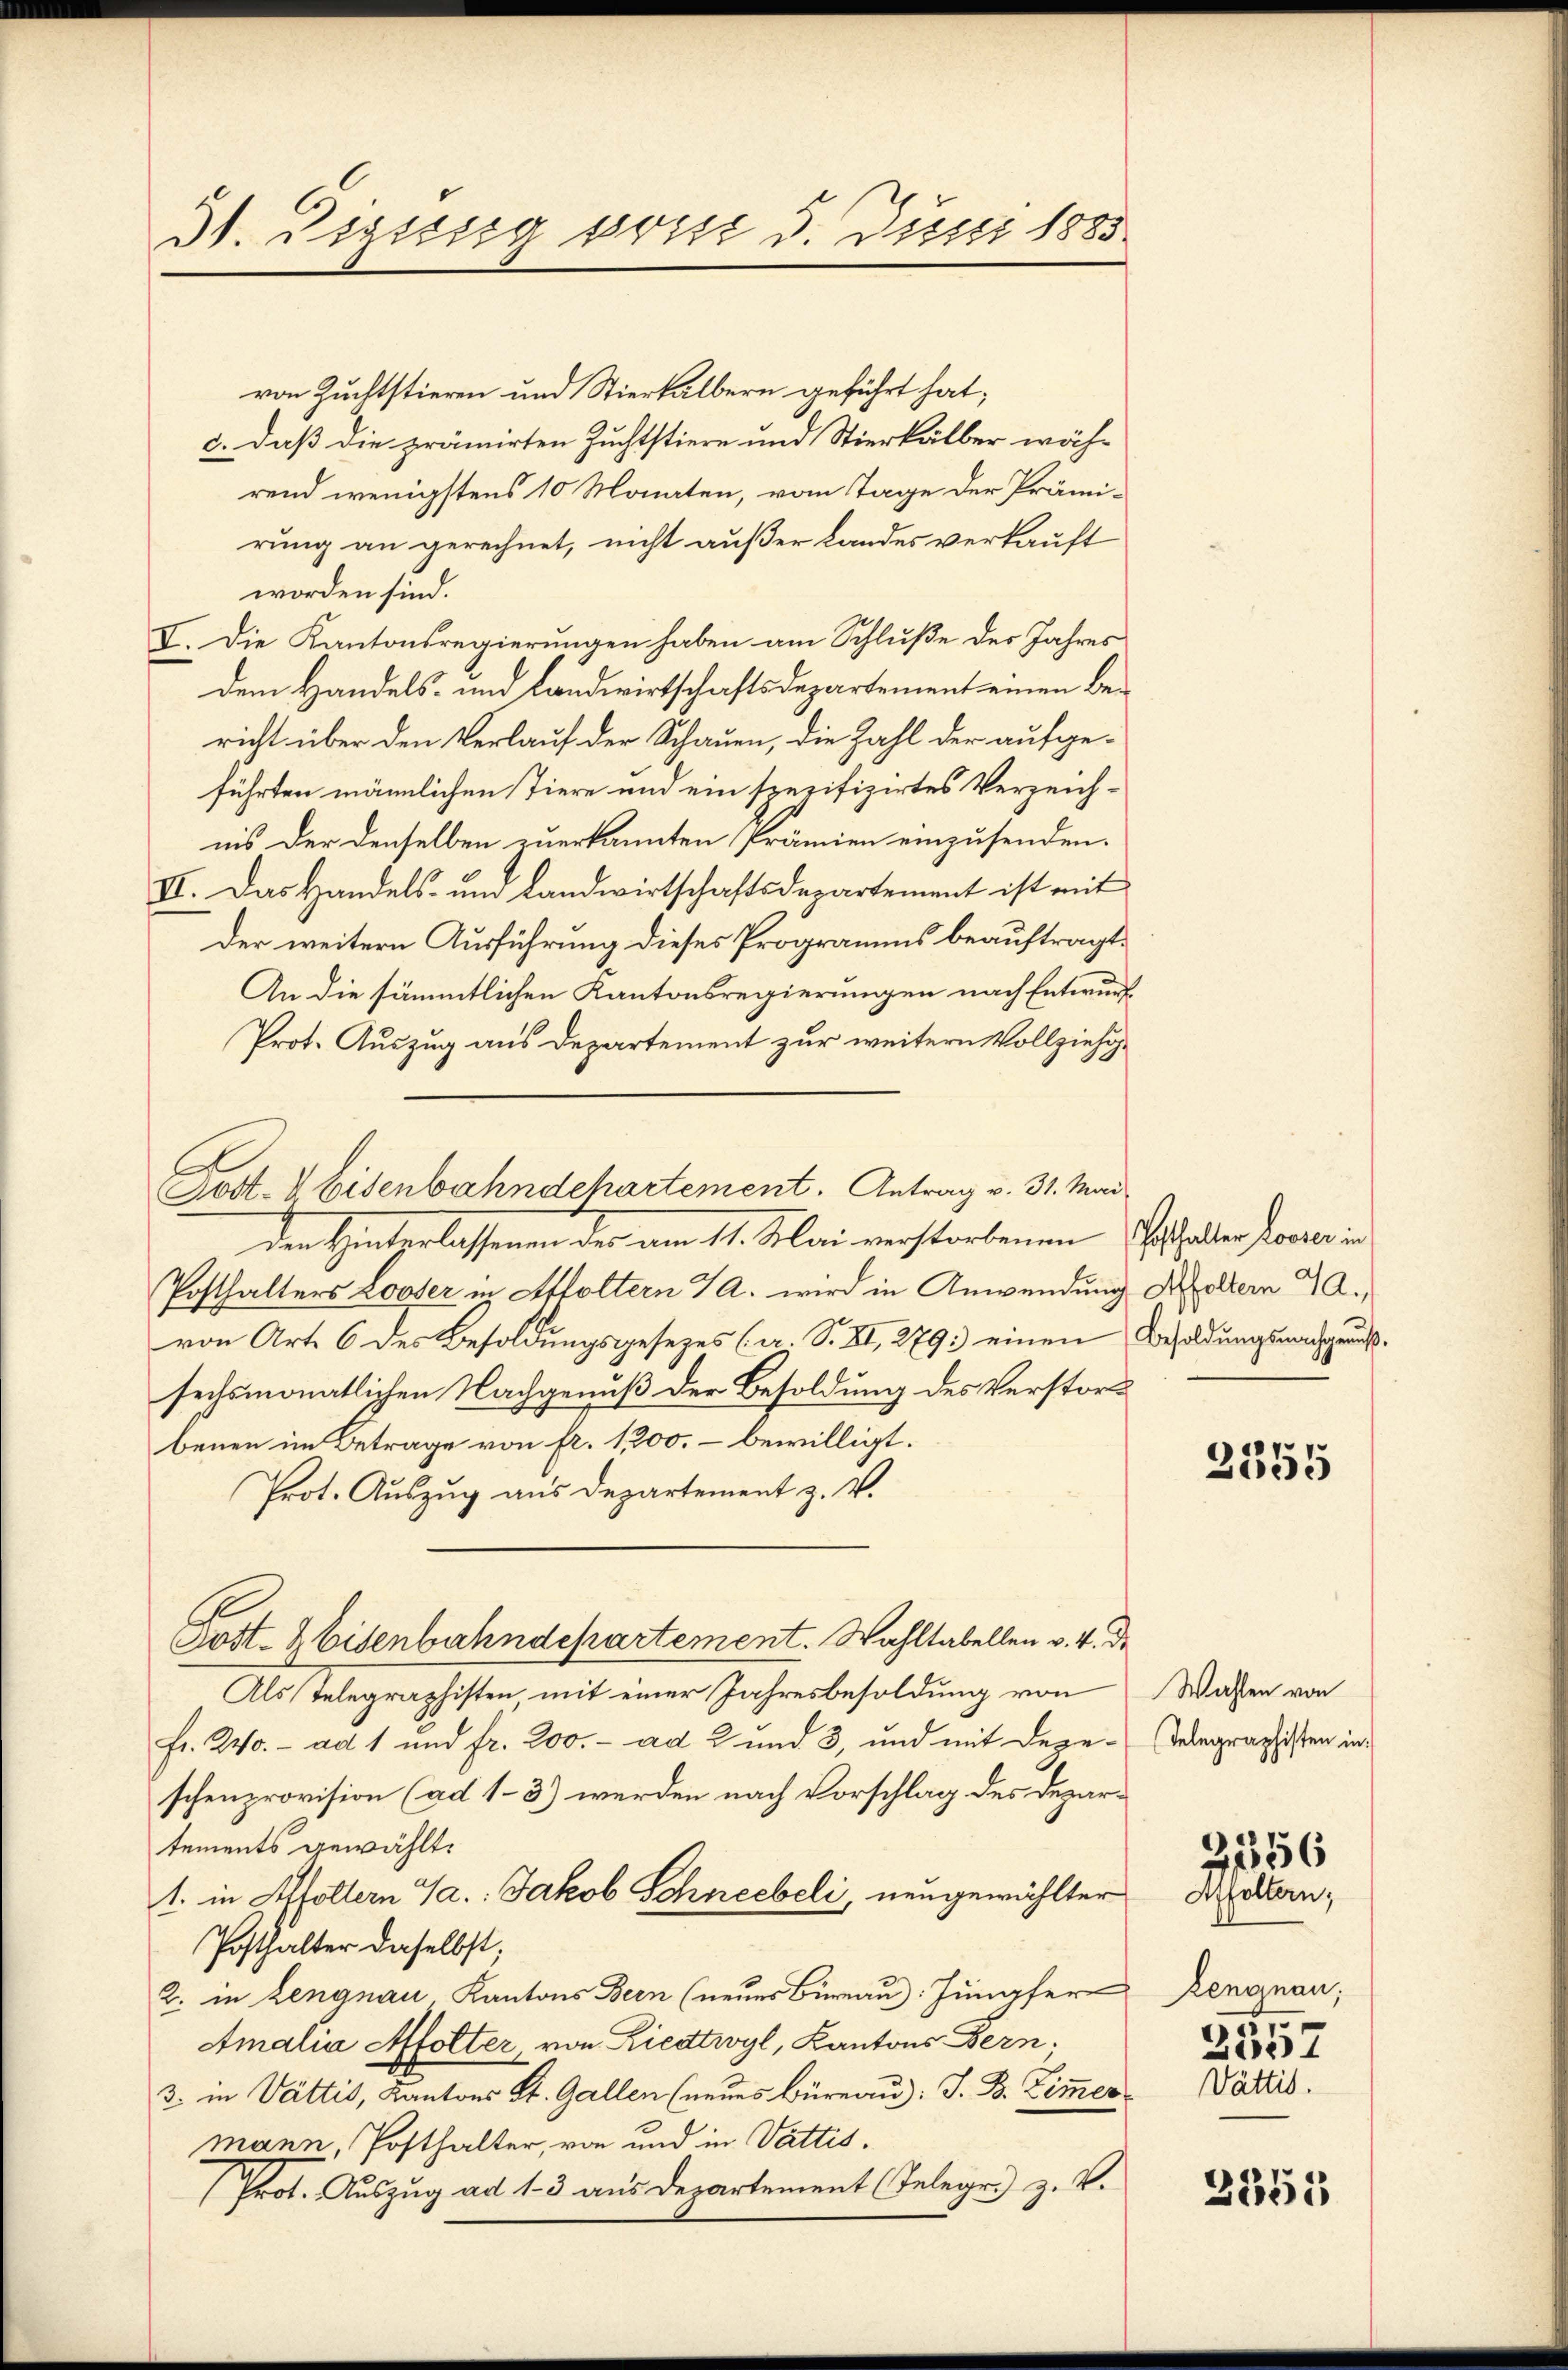
31. Dipssig von 5. Juni 1883.

von Zuchtstieren und Stierkälbern geführt hat;
c. daß die prämirten Zuchtstiere und Stierkälber wäh-
rend wenigstens 10 Monaten, vom Tage der Prämirung an gerechnet, nicht außer Landes verkauft
worden sind.
XI. Die Kantonsregierungen haben am Schluße des Jahres
dem Handels- und Landwirtschaftsdepartement einen Bericht über den Verlauf der Schauen, die Zahl der aufgeführten männlichen Tiere und ein spezifizirtes Verzeichnis der denselben zuerkannten Prämien einzusenden.
II. Das Handels- und Landwirtschaftsdepartement ist mit
der weitern Ausführung dieses Programms beauftragt.
An die sämmtlichen Kantonsregierungen nach Entwurf
Prot. Auszug aus Departement zur weitern Vollziehugden Hinterlassenen der am 11. Mai verstorbenen Gehalten Herren in
Posthalters Looser in Affoltern A. wird in Anwendung Altern d.
von Art. 6 des Besoldungsgesezes (a. S. XI, 279. einen Besoldungsnachgenußsechsmonatlichen Nachgenuß der Besoldung des Verstorbenen im Betrage von fr. 1300. – bewilligt.
Prot. Auszug aus Departement z. V.
Post- & Eisenbahndepartement. Wahltabellen v. 4. De
Als Telegraphisten, mit einer Jahresbesoldung von
fr. 240.- ad 1 und fr. 200.- ad 2 und 3, und mit Degeschenprovision (ad 1–3) werden nach Vorschlag des Departements gewählt.
1. in Affoltern C.: Jakob Schneebeli, neugewählter
Posthalter daselbst;
2. in Lengnau Kantons Bern (neues Büreau. Jungfer Rengnau;
Amalia Affolter, von Riedtwyl, Kantons Bern.
3. in Vattis, Kantons St. Gallen (neues Büreau): J. B. Zimmer Valtis.
mann, Posthalter, von und in Vattis¬
Prot. Auszug ad 1. 3 aus Departement (Telegr. z. V.

El
Jost- & Eisenbahndehartement. Antrag v. 31. Mai

2355

Wahlen von
Telegraphisten in
2357

3556
Affoltern;

2355